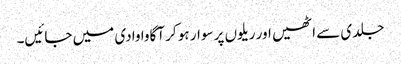
جلدی سے اٹھیں اور ریلوں پر سوار ہو کر آگاوا وادی میں جائیں۔